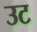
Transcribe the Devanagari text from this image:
उट